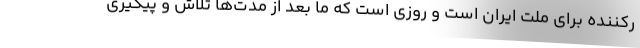
رکننده برای ملت ایران است و روزی است که ما بعد از مدت‌ها تلاش و پیگیری